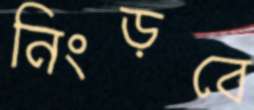
নিংড়বে